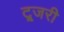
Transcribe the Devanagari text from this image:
ट्र्जरी